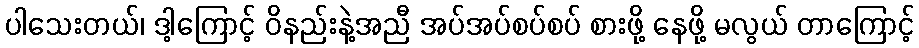
ပါသေးတယ်၊ ဒါ့ကြောင့် ဝိနည်းနဲ့အညီ အပ်အပ်စပ်စပ် စားဖို့ နေဖို့ မလွယ် တာကြောင့်